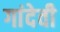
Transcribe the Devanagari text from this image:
गांदेवी